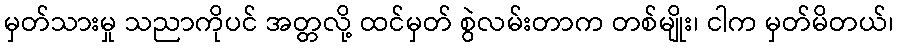
မှတ်သားမှု သညာကိုပင် အတ္တလို့ ထင်မှတ် စွဲလမ်းတာက တစ်မျိုး၊ ငါက မှတ်မိတယ်၊